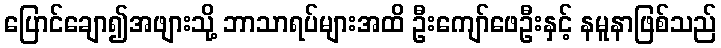
ပြောင်ချော၍အဖျားသို့ ဘာသာရပ်များအထိ ဦးကျော်ဖေဦးနှင့် နမူနာဖြစ်သည်